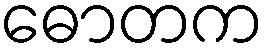
ဓောတက